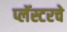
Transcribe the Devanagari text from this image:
प्लॅस्टरचे